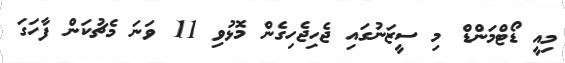
މިއީ ޑޯޓްމަންޑް މި ސީޒަނުގައި ޖެހިޖެހިގެން މޮޅުވި 11 ވަނަ މެޗުކަން ފާހަގަ